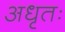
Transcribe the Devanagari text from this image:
अधृतः